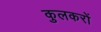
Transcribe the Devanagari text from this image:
कुलकरों